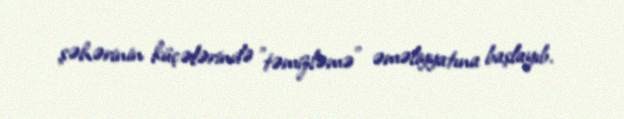
şəhərinin küçələrində "təmizləmə" əməliyyatına başlayıb.